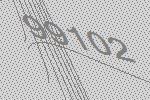
99102